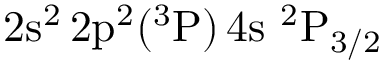
\mathrm { 2 s ^ { 2 } \, 2 p ^ { 2 } ( ^ { 3 } P ) \, 4 s ~ ^ { 2 } P _ { 3 / 2 } }